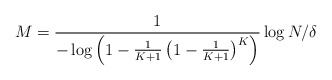
\begin{align*}M = \frac{1}{-\log\left(1-\frac{1}{K+1}\left(1-\frac{1}{K+1}\right)^K\right)}\log N/\delta\end{align*}